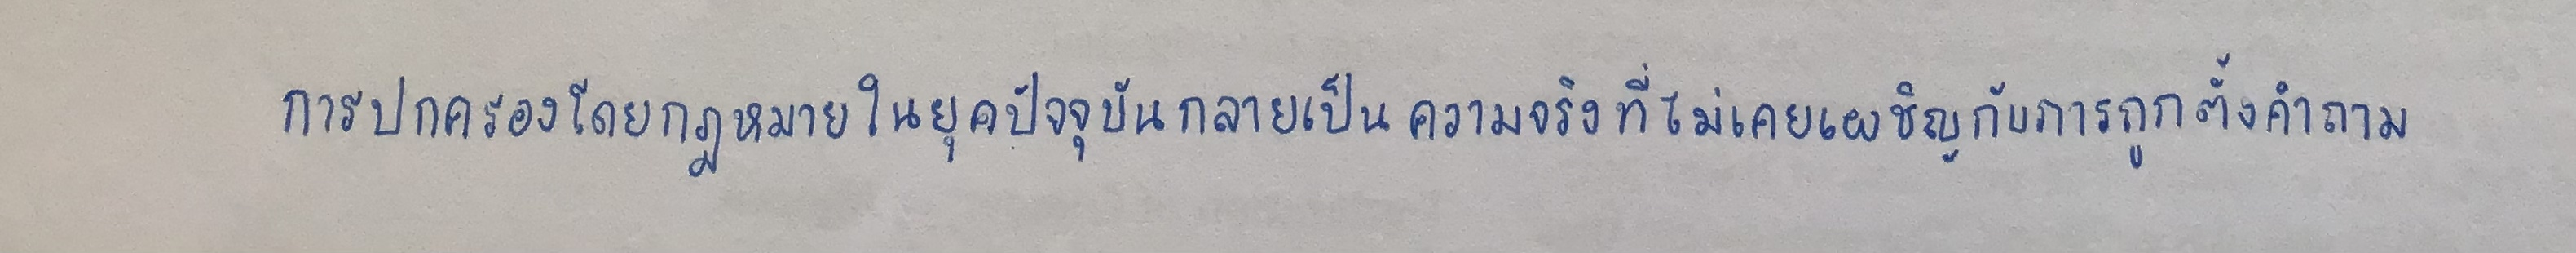
การปกครองโดยกฎหมายในยุคปัจจุบันกลายเป็นความจริงที่ไม่เคยเผชิญกับการถูกตั้งคำถาม.